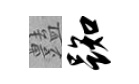
𧰟踟